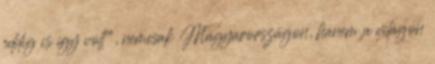
eddig is így volt", nemcsak Magyarországon, hanem a világon